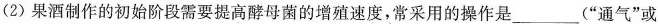
(2)果酒制作的初始阶段需要提高酵母菌的增殖速度，常采用的操作是___(”通气”或